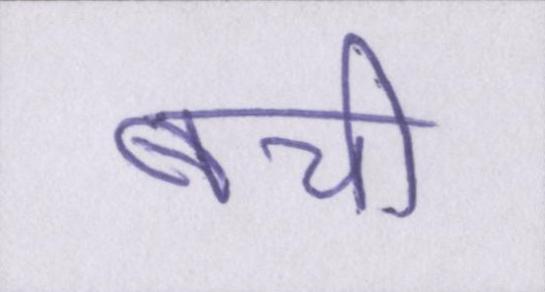
बची